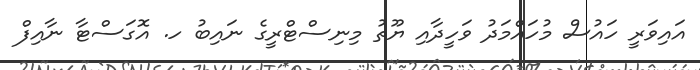
އައިވަރީ ހައުސް މުހައްމަދު ވަހީދާއި ޔޫތު މިނިސްޓްރީގެ ނައިބު ހ. އޮގަސްޓާ ނާއިފް